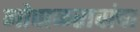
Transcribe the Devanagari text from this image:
गोपाळरावांचा